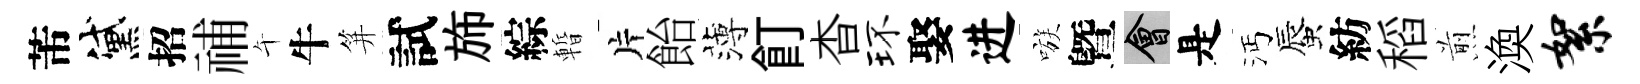
芾黛招𥙷午牛笄試斾綜暫片飴薄飣杳环娶进嗾曁會是沔蜃紡稻煎渙絮